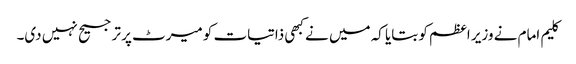
کلیم امام نے وزیر اعظم کو بتایا کہ میں نے کبھی ذاتیات کو میرٹ پر ترجیح نہیں دی۔